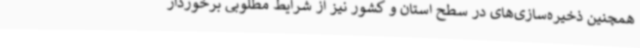
همچنین ذخیره‌سازی‌های در سطح استان و کشور نیز از شرایط مطلوبی برخوردار